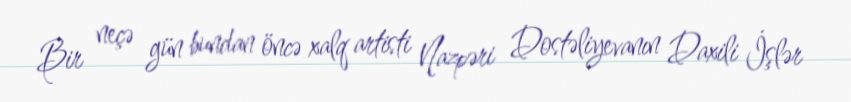
Bir neçə gün bundan öncə xalq artisti Nazpəri Dostəliyevanın Daxili İşlər